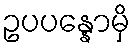
ဥပပန္နောမှိ